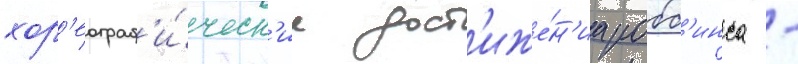
хор'еограф'и́ческ'ие дост'иже́н'иа робб'инса -